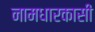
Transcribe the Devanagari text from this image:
नामधारकासी